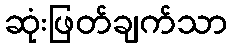
ဆုံးဖြတ်ချက်သာ